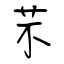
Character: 芣